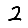
Digit: 2